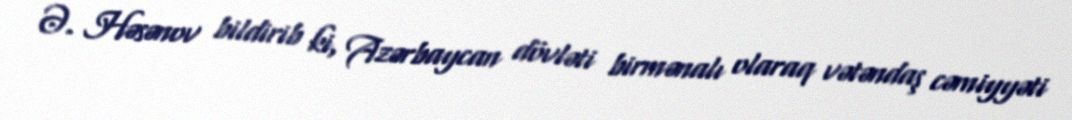
Ə. Həsənov bildirib ki, Azərbaycan dövləti birmənalı olaraq vətəndaş cəmiyyəti